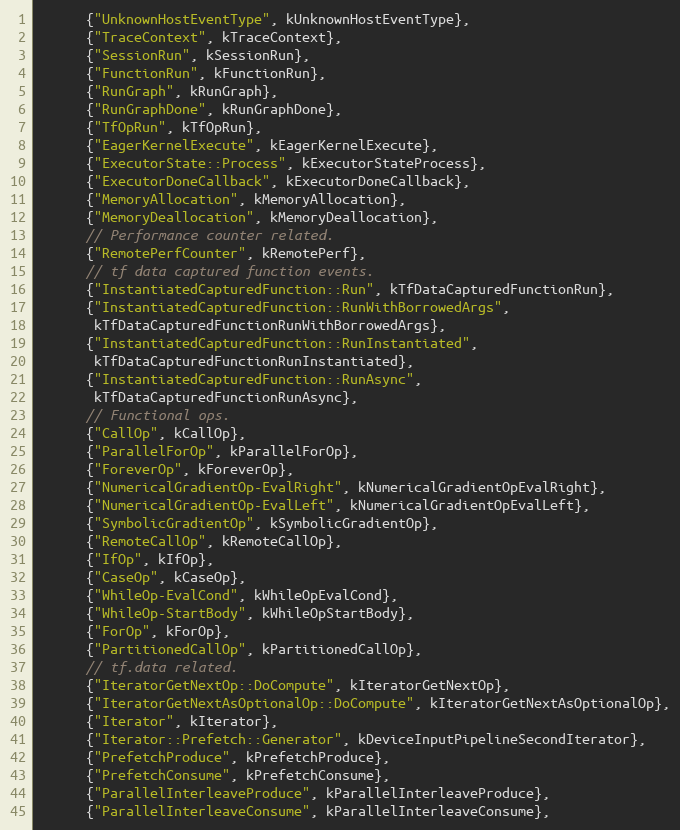
Language: C++
      {"UnknownHostEventType", kUnknownHostEventType},
      {"TraceContext", kTraceContext},
      {"SessionRun", kSessionRun},
      {"FunctionRun", kFunctionRun},
      {"RunGraph", kRunGraph},
      {"RunGraphDone", kRunGraphDone},
      {"TfOpRun", kTfOpRun},
      {"EagerKernelExecute", kEagerKernelExecute},
      {"ExecutorState::Process", kExecutorStateProcess},
      {"ExecutorDoneCallback", kExecutorDoneCallback},
      {"MemoryAllocation", kMemoryAllocation},
      {"MemoryDeallocation", kMemoryDeallocation},
      // Performance counter related.
      {"RemotePerfCounter", kRemotePerf},
      // tf data captured function events.
      {"InstantiatedCapturedFunction::Run", kTfDataCapturedFunctionRun},
      {"InstantiatedCapturedFunction::RunWithBorrowedArgs",
       kTfDataCapturedFunctionRunWithBorrowedArgs},
      {"InstantiatedCapturedFunction::RunInstantiated",
       kTfDataCapturedFunctionRunInstantiated},
      {"InstantiatedCapturedFunction::RunAsync",
       kTfDataCapturedFunctionRunAsync},
      // Functional ops.
      {"CallOp", kCallOp},
      {"ParallelForOp", kParallelForOp},
      {"ForeverOp", kForeverOp},
      {"NumericalGradientOp-EvalRight", kNumericalGradientOpEvalRight},
      {"NumericalGradientOp-EvalLeft", kNumericalGradientOpEvalLeft},
      {"SymbolicGradientOp", kSymbolicGradientOp},
      {"RemoteCallOp", kRemoteCallOp},
      {"IfOp", kIfOp},
      {"CaseOp", kCaseOp},
      {"WhileOp-EvalCond", kWhileOpEvalCond},
      {"WhileOp-StartBody", kWhileOpStartBody},
      {"ForOp", kForOp},
      {"PartitionedCallOp", kPartitionedCallOp},
      // tf.data related.
      {"IteratorGetNextOp::DoCompute", kIteratorGetNextOp},
      {"IteratorGetNextAsOptionalOp::DoCompute", kIteratorGetNextAsOptionalOp},
      {"Iterator", kIterator},
      {"Iterator::Prefetch::Generator", kDeviceInputPipelineSecondIterator},
      {"PrefetchProduce", kPrefetchProduce},
      {"PrefetchConsume", kPrefetchConsume},
      {"ParallelInterleaveProduce", kParallelInterleaveProduce},
      {"ParallelInterleaveConsume", kParallelInterleaveConsume},